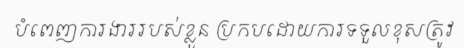
បំពេញការងាររបស់ខ្លួន ប្រកបដោយការទទួលខុសត្រូវ